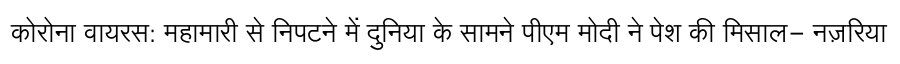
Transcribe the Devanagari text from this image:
कोरोना वायरस: महामारी से निपटने में दुनिया के सामने पीएम मोदी ने पेश की मिसाल- नज़रिया